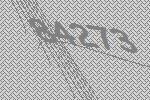
84273